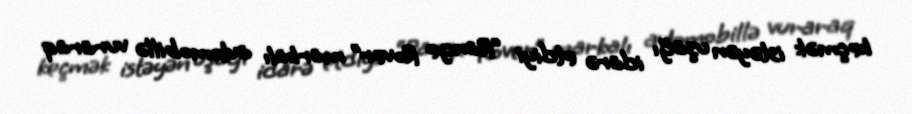
keçmək istəyən uşağı idarə etdiyi “Range Rover” markalı avtomobillə vuraraq